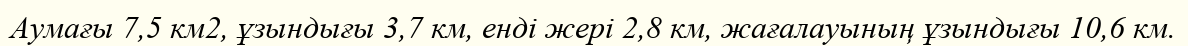
Аумағы 7,5 км2, ұзындығы 3,7 км, енді жері 2,8 км, жағалауының ұзындығы 10,6 км.